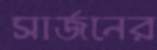
সার্জনের